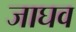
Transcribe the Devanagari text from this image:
जाघव